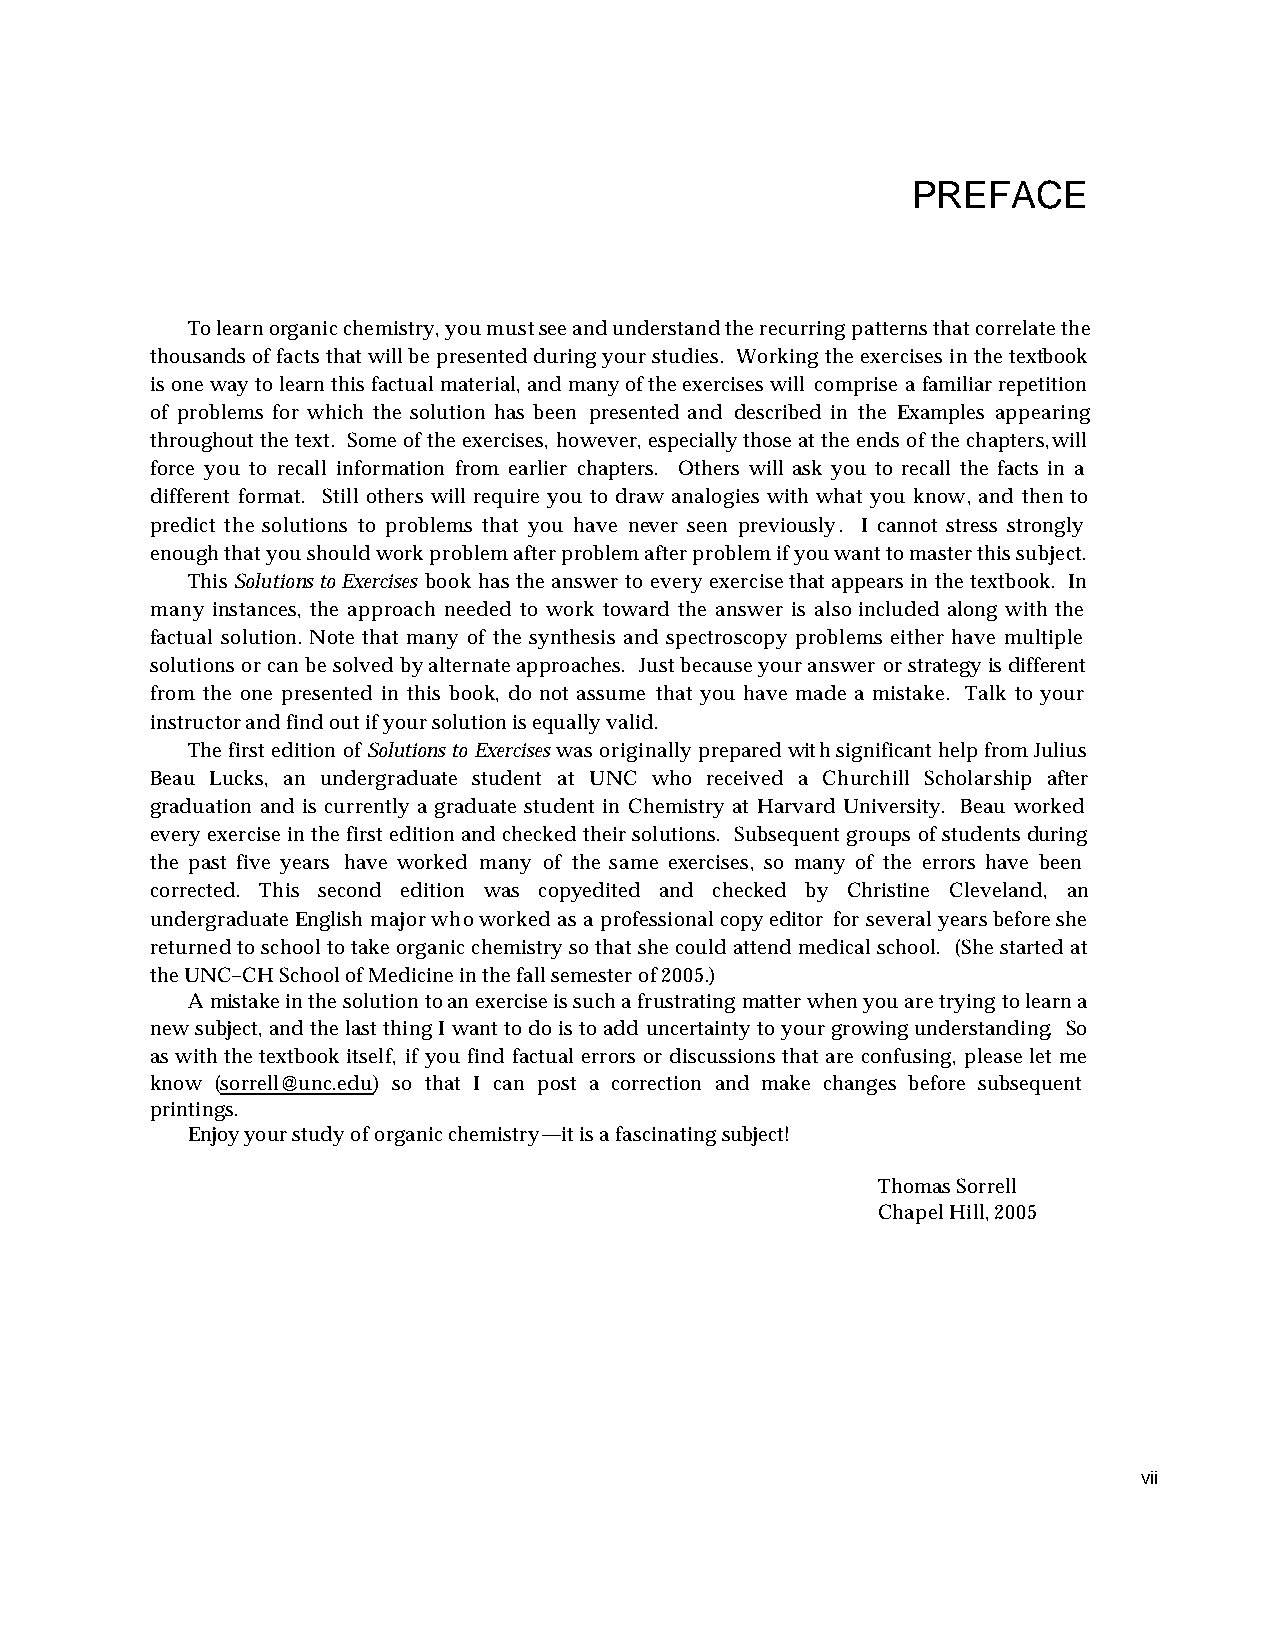
PREFACE
 To learn organic chemistry, you must see and understand the recurring patterns that correlate the
 thousands of facts that will be presented during your studies. Working the exercises in the textbook
 is one way to learn this factual material, and many of the exercises will comprise a familiar repetition
 of problems for which the solution has been presented and described in the Examples appearing
 throughout the text. Some of the exercises, however, especially those at the ends of the chapters, will
 force you to recall information from earlier chapters. Others will ask you to recall the facts in a
 different format. Still others will require you to draw analogies with what you know, and then to
 predict the solutions to problems that you have never seen previously. I cannot stress strongly
 enough that you should work problem after problem after problem if you want to master this subject.
 This Solutions to Exercises book has the answer to every exercise that appears in the textbook. In
 many instances, the approach needed to work toward the answer is also included along with the
 factual solution. Note that many of the synthesis and spectroscopy problems either have multiple
 solutions or can be solved by alternate approaches. Just because your answer or strategy is different
 from the one presented in this book, do not assume that you have made a mistake. Talk to your
 instructor and find out if your solution is equally valid.
 The first edition of Solutions to Exercises was originally prepared with significant help from Julius
 Beau Lucks, an undergraduate student at UNC who received a Churchill Scholarship after
 graduation and is currently a graduate student in Chemistry at Harvard University. Beau worked
 every exercise in the first edition and checked their solutions. Subsequent groups of students during
 the past five years have worked many of the same exercises, so many of the errors have been
 corrected. This second edition was copyedited and checked by Christine Cleveland, an
 undergraduate English major who worked as a professional copy editor for several years before she
 returned to school to take organic chemistry so that she could attend medical school. (She started at
 the UNC–CH School of Medicine in the fall semester of 2005.)
 A mistake in the solution to an exercise is such a frustrating matter when you are trying to learn a
 new subject, and the last thing I want to do is to add uncertainty to your growing understanding. So
 as with the textbook itself, if you find factual errors or discussions that are confusing, please let me
 know (sorrell@unc.edu) so that I can post a correction and make changes before subsequent
 printings.
 Enjoy your study of organic chemistry—it is a fascinating subject!
 Thomas Sorrell
 Chapel Hill, 2005
 vii